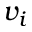
v _ { i }